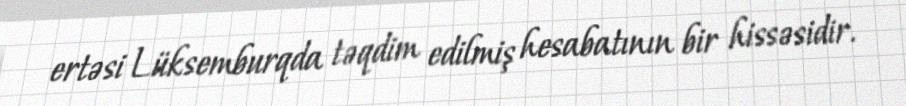
ertəsi Lüksemburqda təqdim edilmiş hesabatının bir hissəsidir.